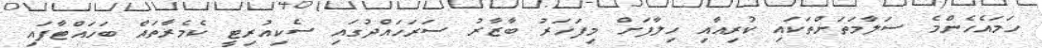
ހަމައެހެންމެ ސަލާމަތަށްތަކައި ކުރިއާއި ހިލާފަށް މިފަހަރު ބާޒާރު ސަރަހައްދުގައި ސެކިއުރިޓީ ކެމެރާތައް ބަހައްޓާފައި